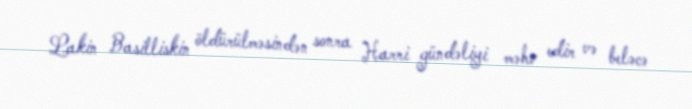
Lakin Basilliskin öldürülməsindən sonra Harri gündəliyi məhv edir və beləcə